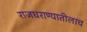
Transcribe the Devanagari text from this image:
राजघराण्यातीलाच